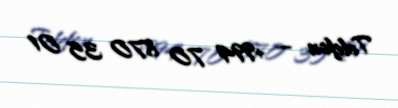
Telefon — +994 70 870 35 01